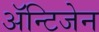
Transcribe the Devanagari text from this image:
ॲन्टिजेन